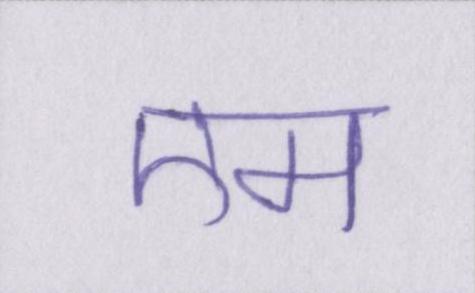
एम